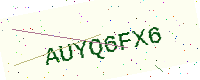
Text: AUYQ6FX6